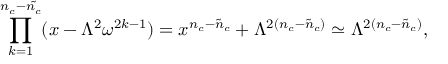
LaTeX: \prod _ { k = 1 } ^ { n _ { c } - \tilde { n _ { c } } } ( x - \Lambda ^ { 2 } \omega ^ { 2 k - 1 } ) = x ^ { n _ { c } - \tilde { n } _ { c } } + \Lambda ^ { 2 ( n _ { c } - \tilde { n } _ { c } ) } \simeq \Lambda ^ { 2 ( n _ { c } - \tilde { n } _ { c } ) } ,